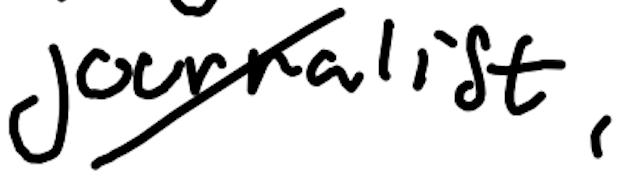
Text: journalist,
Cross-out: diagonal
Writing tool: digital_black